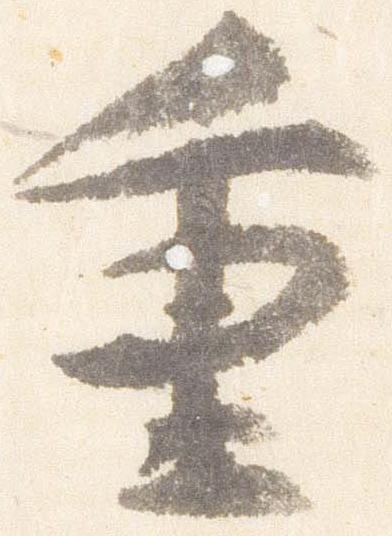
重